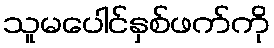
သူမပေါင်နှစ်ဖက်ကို